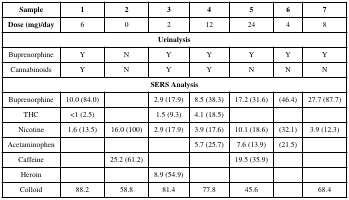
<table><thead><tr><td><b>Sample</b></td><td><b>1</b></td><td><b>2</b></td><td><b>3</b></td><td><b>4</b></td><td><b>5</b></td><td><b>6</b></td><td><b>7</b></td></tr></thead><tbody><tr><td><b>Dose (mg)/day</b></td><td>6</td><td>0</td><td>2</td><td>12</td><td>24</td><td>4</td><td>8</td></tr><tr><td colspan="8"><b>Urinalysis</b></td></tr><tr><td>Buprenorphine</td><td>Y</td><td>N</td><td>Y</td><td>Y</td><td>Y</td><td>Y</td><td>Y</td></tr><tr><td>Cannabinoids</td><td>Y</td><td>N</td><td>Y</td><td>Y</td><td>N</td><td>N</td><td>N</td></tr><tr><td colspan="8"><b>SERS Analysis</b></td></tr><tr><td>Buprenorphine</td><td>10.0 (84.0)</td><td></td><td>2.9 (17.9)</td><td>8.5 (38.3)</td><td>17.2 (31.6)</td><td>(46.4)</td><td>27.7 (87.7)</td></tr><tr><td>THC</td><td>&lt;1 (2.5)</td><td></td><td>1.5 (9.3)</td><td>4.1 (18.5)</td><td></td><td></td><td></td></tr><tr><td>Nicotine</td><td>1.6 (13.5)</td><td>16.0 (100)</td><td>2.9 (17.9)</td><td>3.9 (17.6)</td><td>10.1 (18.6)</td><td>(32.1)</td><td>3.9 (12.3)</td></tr><tr><td>Acetaminophen</td><td></td><td></td><td></td><td>5.7 (25.7)</td><td>7.6 (13.9)</td><td>(21.5)</td><td></td></tr><tr><td>Caffeine</td><td></td><td>25.2 (61.2)</td><td></td><td></td><td>19.5 (35.9)</td><td></td><td></td></tr><tr><td>Heroin</td><td></td><td></td><td>8.9 (54.9)</td><td></td><td></td><td></td><td></td></tr><tr><td>Colloid</td><td>88.2</td><td>58.8</td><td>81.4</td><td>77.8</td><td>45.6</td><td></td><td>68.4</td></tr></tbody></table>